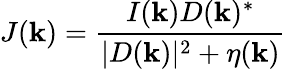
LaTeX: J(\mathbf{k})=\frac{I(\mathbf{k})D(\mathbf{k})^{*}}{|D(\mathbf{k})|^{2}+\eta(\mathbf{k})}